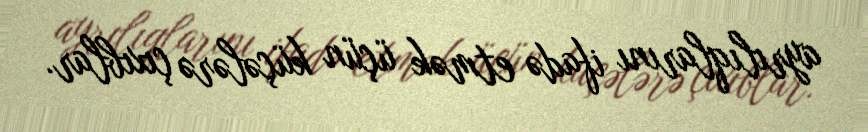
ayrılıqlarını ifadə etmək üçün küçələrə çıxıblar.